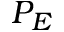
P _ { E }